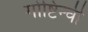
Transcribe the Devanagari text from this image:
गोष्टिन्ची